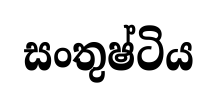
සංතුෂ්ටිය